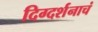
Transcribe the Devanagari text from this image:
दिग्दर्शनाचं